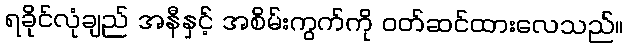
ရခိုင်လုံချည် အနီနှင့် အစိမ်းကွက်ကို ဝတ်ဆင်ထားလေသည်။